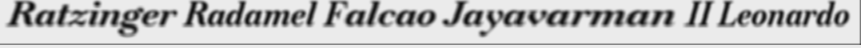
Ratzinger Radamel Falcao Jayavarman II Leonardo